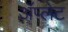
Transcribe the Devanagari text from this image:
ॲप्लेट